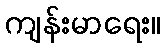
ကျန်းမာရေး။